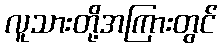
လူသားတို့အကြားတွင်